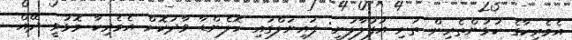
އެމެރިކާގެ ކުޅުންތެރިން ތަށި އުފުލާލަނީ: ފައިނަލްގައި ހޮލެންޑާ ވާދަކޮށް އެމެރިކާ މޮޅުވީ ދޭއް